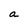
Character: a